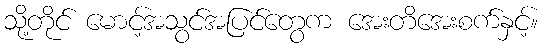
သို့တိုင် မောင့်အသွင်အပြင်တွေက အေးတိအေးစက်နှင့်။